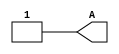
module setbit(output A);
wire A;

assign A = 1;

endmodule